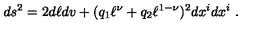
d s ^ { 2 } = 2 d \ell d v + ( q _ { 1 } \ell ^ { \nu } + q _ { 2 } \ell ^ { 1 - \nu } ) ^ { 2 } d x ^ { i } d x ^ { i } \ .